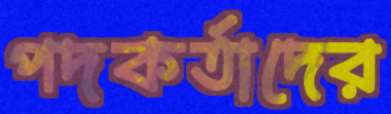
পদকর্তাদের